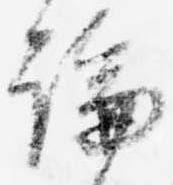
論